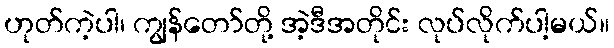
ဟုတ်ကဲ့ပါ၊ ကျွန်တော်တို့ အဲ့ဒီအတိုင်း လုပ်လိုက်ပါ့မယ်။